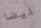
ايضا